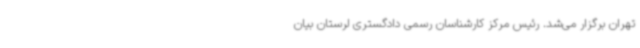
تهران برگزار می‌شد. رئیس مرکز کارشناسان رسمی دادگستری لرستان بیان